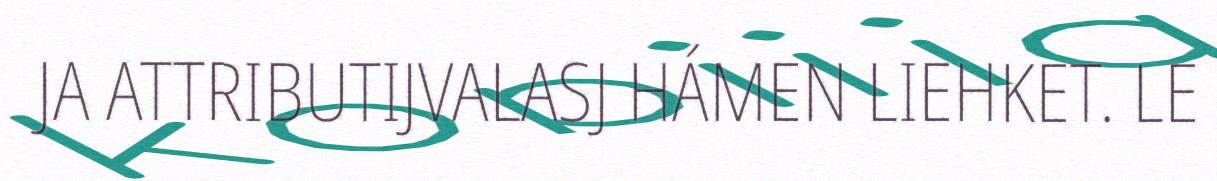
JA ATTRIBUTIJVALASJ HÁMEN LIEHKET. LE